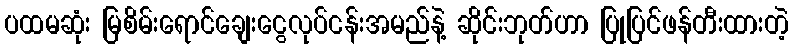
ပထမဆုံး မြစိမ်းရောင်ချေးငွေလုပ်ငန်းအမည်နဲ့ ဆိုင်းဘုတ်ဟာ ပြုပြင်ဖန်တီးထားတဲ့